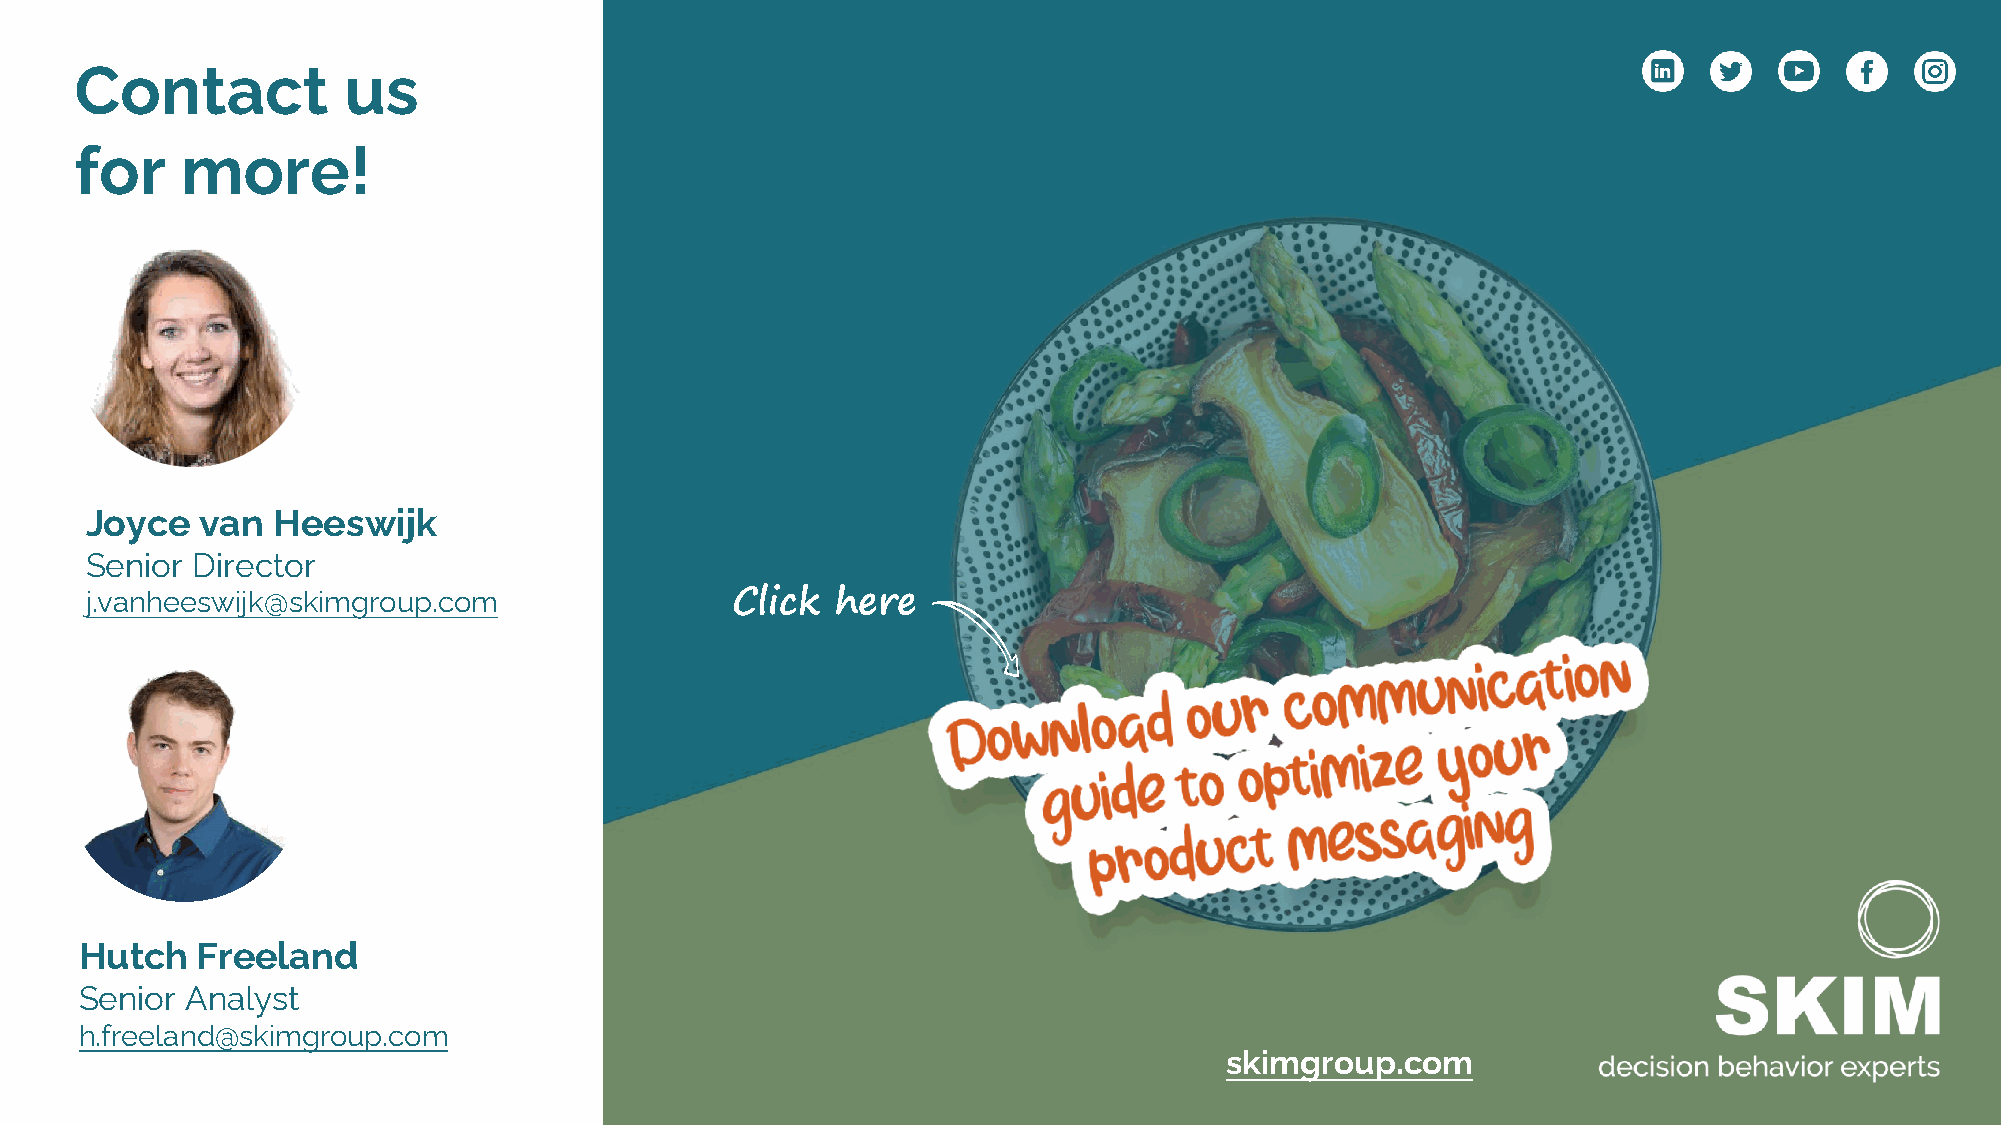
Contact           us
 for    more!
 Joyce  van  Heeswijk
 Senior Director
 j.vanheeswijk@skimgroup.com               Click  here
 Hutch   Freeland
 Senior Analyst
 h.freeland@skimgroup.com
 skimgroup.com